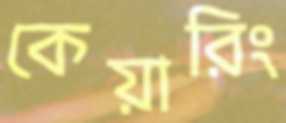
কেয়ারিং